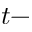
t -